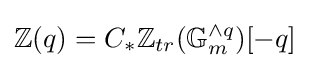
\mathbb {Z} (q)=C_{*}\mathbb {Z} _{tr}(\mathbb {G} _{m}^{\wedge q})[-q]